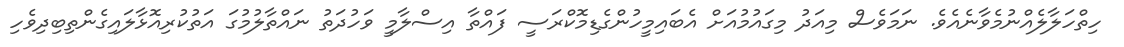
ހިތްހަލާލެއްނުމެވާނެއެވެ. ނަމަވެސް މިއަދު މިގައުމުއަށް އެބައިމީހުންގެޑިމޮކްރަސީ ފައްތާ އިސްލާމީ ވަހުދަތު ނައްތާލުމުގަ އަތުކުރިއޮޅާލައިގެންތިބިދިވެހި